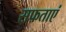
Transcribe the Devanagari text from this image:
सफताएं